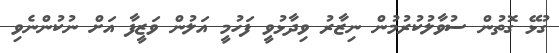
ގުޅޭ ގޮތުން ސުވާލުކުރުމުން ނިޒާރު ވިދާޅުވީ ފަހުމީ އަލުން ވަޒީފާ އަށް ނުކުންނެވި